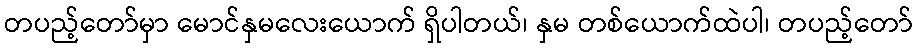
တပည့်တော်မှာ မောင်နှမလေးယောက် ရှိပါတယ်၊ နှမ တစ်ယောက်ထဲပါ၊ တပည့်တော်